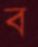
ব